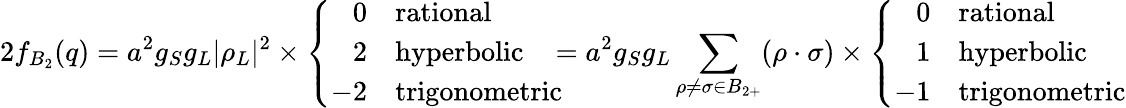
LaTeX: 2f_{B_{2}}(q)=a^{2}g_{S}g_{L}|\rho_{L}|^{2}\times\left\{ \begin{array}{rl}{{0}}&{{\mathrm{rational}}}\\ {{2}}&{{\mathrm{hyperbolic}}}\\ {{-2}}&{{\mathrm{trigonometric}}}\end{array}\right.\! \! \! =a^{2}g_{S}g_{L}\sum_{\rho\neq\sigma\in B_{2+}}(\rho\cdot\sigma)\times\left\{ \begin{array}{rl}{{0}}&{{\mathrm{rational}}}\\ {{1}}&{{\mathrm{hyperbolic}}}\\ {{-1}}&{{\mathrm{trigonometric}}}\end{array}\right.